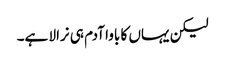
لیکن یہاں کا باوا آدم ہی نرالا ہے۔